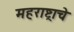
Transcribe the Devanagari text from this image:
महराष्ट्राचे